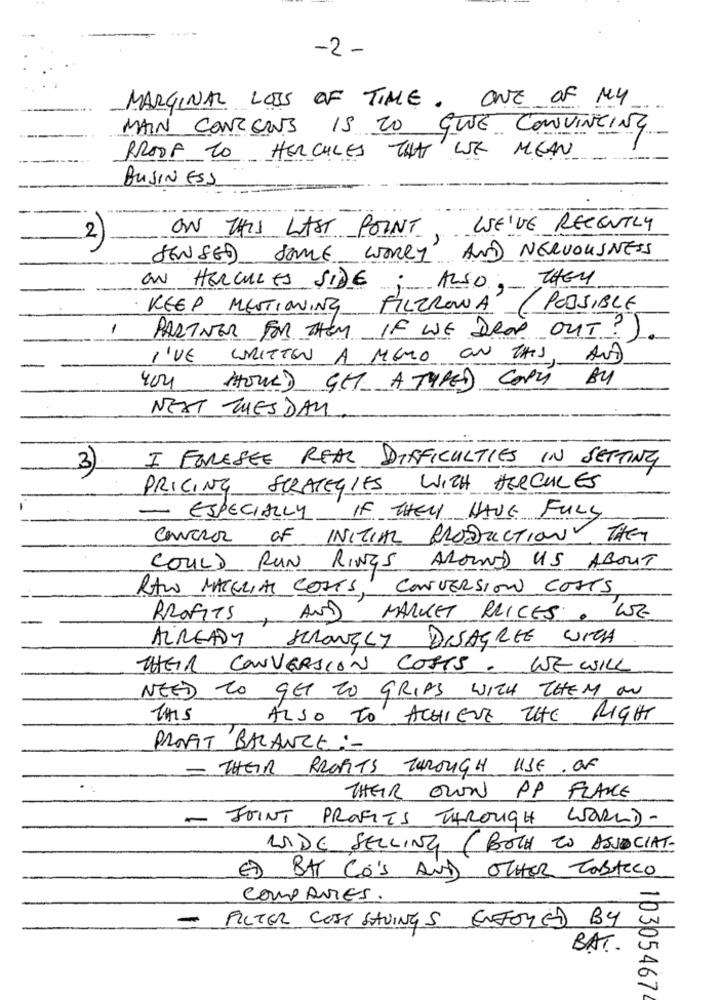
-2 -
MARGINAL LOSS OF TIME. ONE OF MY
MAIN CONCERNS IS TO GIVE CONVINCING
PROOF TO HERCULES THAT WE MEAN
BUSINESS
ON THIS LAST POINT WE'VE RECENTLY
2
SENSED SOME WORRY AND NERVOUSNESS
ON HERCULES SIDE; ALSO, THEY
KEEP MENTIONING
FILTRONA (POSSIBLE
1
PARTNER FOR THEM IF WE DROP OUT?).
I'VE WRITTEN A MEMO ON THIS, AND
HOULD GET ATYPED COPY BU
404
NEXT TUESDAY
3)
I FORESEE REAL DIFFICULTIES IN SETTING
PRICING STRATEGIES WITH HERCULES
- ESPECIALLY IF THEY HAVE FULL
CONTROL OF INITIAL PRODUCTION
THEY
COULD RUN RINGS AROUND US ABOUT
RAW MATERIAL COSTS, CONVERSION COSTS
PROFITS
AND MARKET PRICES.
WE
ALREADY SCRONELY DISAGREE WITH
THEIR CONVERSIÓN COSTS . WE WILL
NEED TO GET TO GRIPE WITH THEM ON
ALSO TO ACHIEVE THE RIGHT
PROFIT BALANCE :-
- THEIR PROFITS THROUGH USE OF
THEIR OWN PP FLANCE
- JOINT PROFITS THROUGH WORLD-
LA DE SELLING (BOTH TO ASSOCIATE
E) BAT Co's AND OTHER TOBACCO
COMPANIES.
-
FILTER COST SAVINGS ENJOYED BY
BAT.
10305467